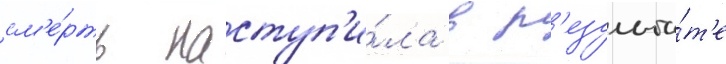
см'е́рть наступ'и́ла в р'езульта́т'е